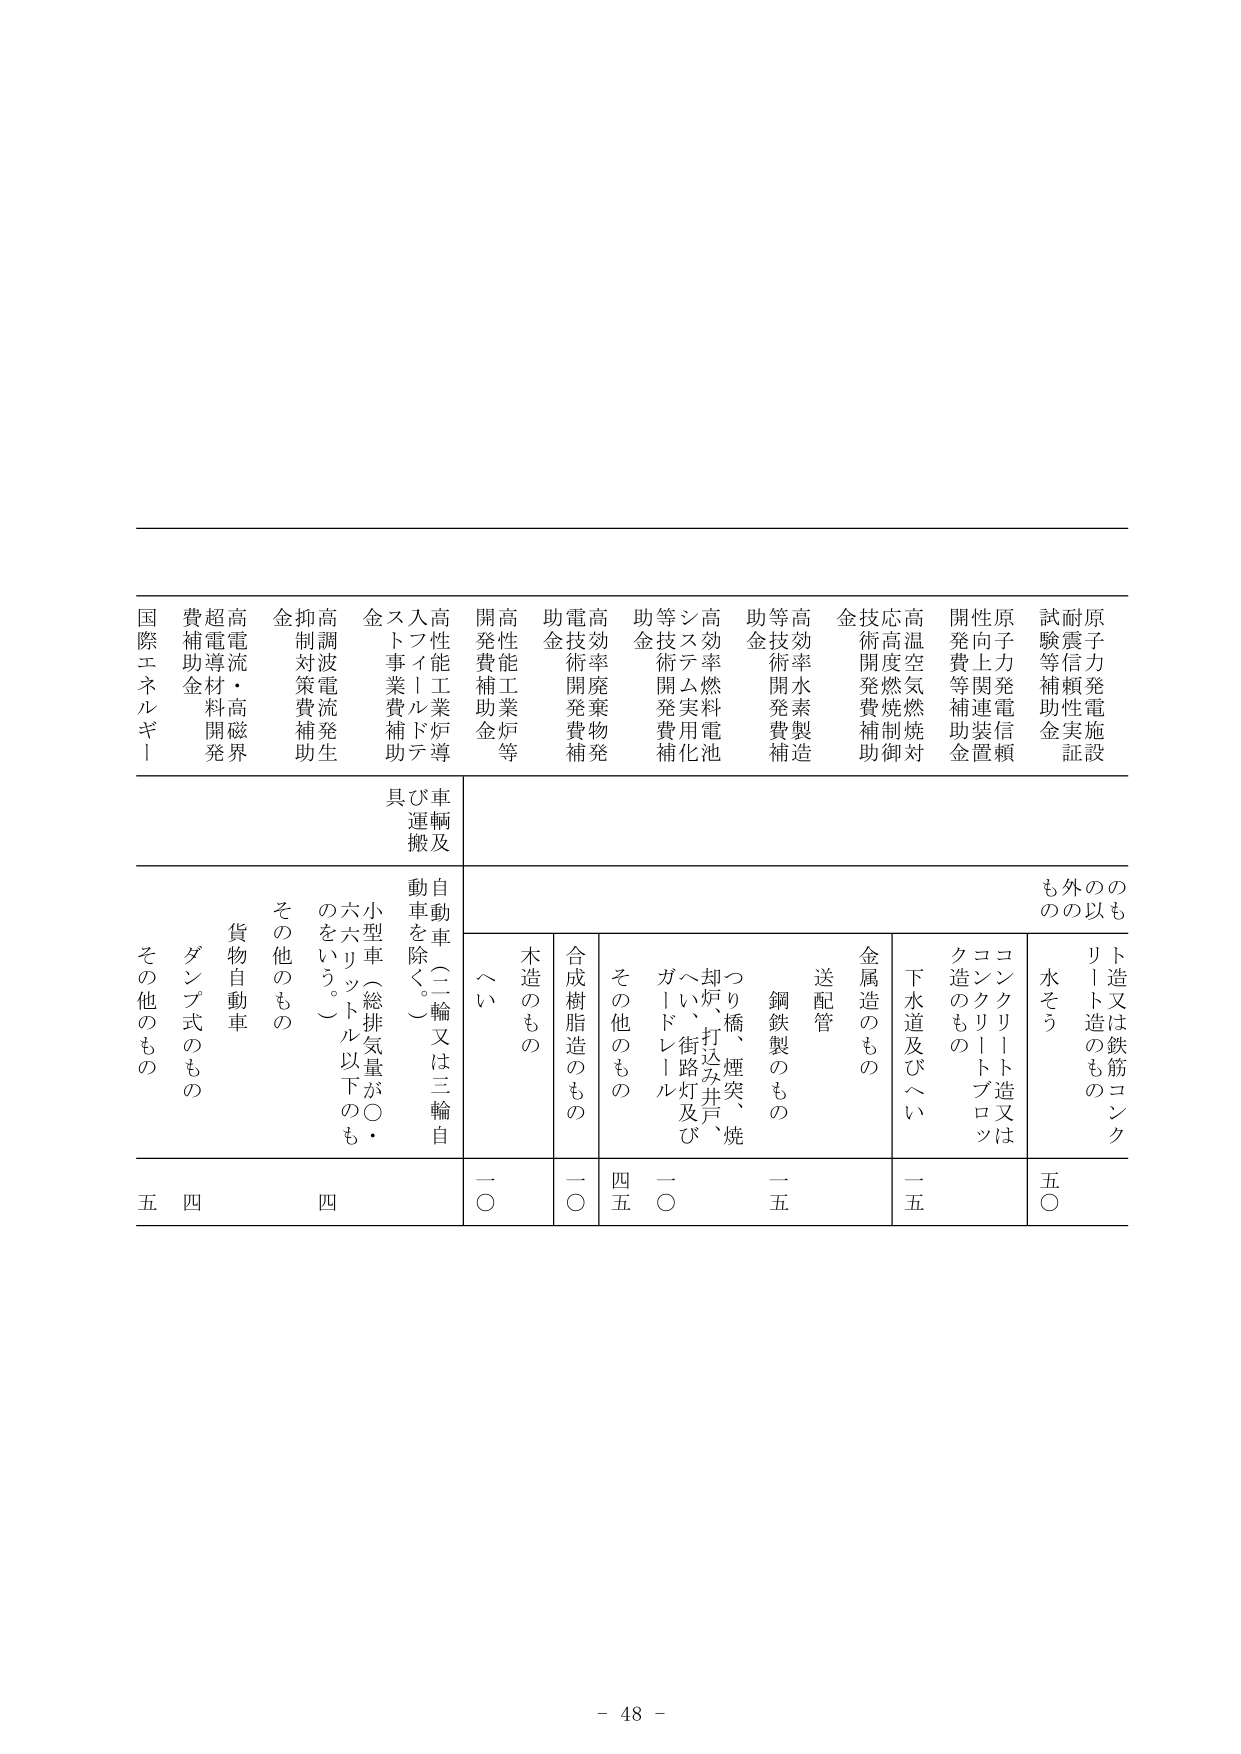
国際エネルギー
費補助金
超電導材料開発
高電流・高磁界
金抑制対策費補助
高調波電流発生
金スト事業費補助
入フィールドテ
高性能工業炉等
開発費補助金
高性能工業炉等
助金
電気技術開発費補
高効率廃棄物発
助金
等技術開発費補
高効率燃料電池
システム実用化
等技術開発費補
助金
高効率水素製造
等技術開発費補
金
応高温燃焼制御
技術開発費補助
高真空燃焼対
開発費等補助金
性向上関連装置
原予力発電信頼
試験等補助金
耐震信頼性実証
原予力発電施設

具備運搬及
自動車（二輪又は三輪自動車を除く。）
小型車（総排気量が〇・六リットル以下のものをいう。）
その他のもの
貨物自動車
ダンプ式のもの
その他のもの

木造のもの
合成樹脂造のもの
その他のもの
つり橋、煙突、焼却炉、打込み井戸、へい、街路灯及びガードレール
鋼鉄製のもの
送配管
金属造のもの
下水道及びへい
コンクリートブロック造のもの
コンクリート造又はリート造のもの
水そう
のもの
外のもの
のもの

一〇
一〇
四五
一〇
一五
一五
五〇

五
四
四

- 48 -